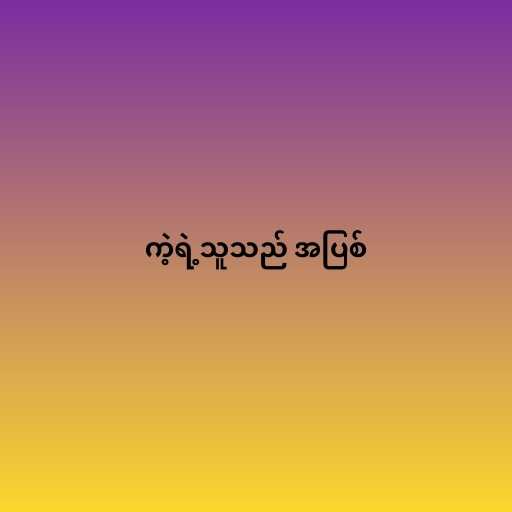
ကဲ့ရဲ့သူသည် အပြစ်